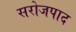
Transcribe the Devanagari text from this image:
सरोजपाद